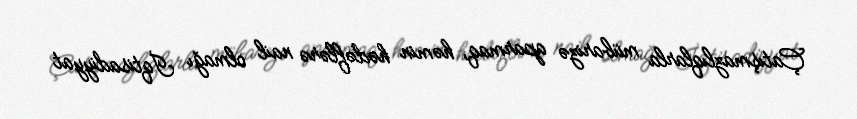
Çatışmazlıqlarla mübarizə aparmaq, həmin hədəflərə nail olmağı İqtisadiyyat